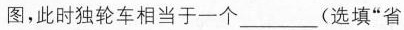
图，此时独轮车相当于一个___(选填”省